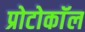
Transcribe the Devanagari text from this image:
प्रोटोकाॅल